Mustjala_vallavalitsus, lk 18
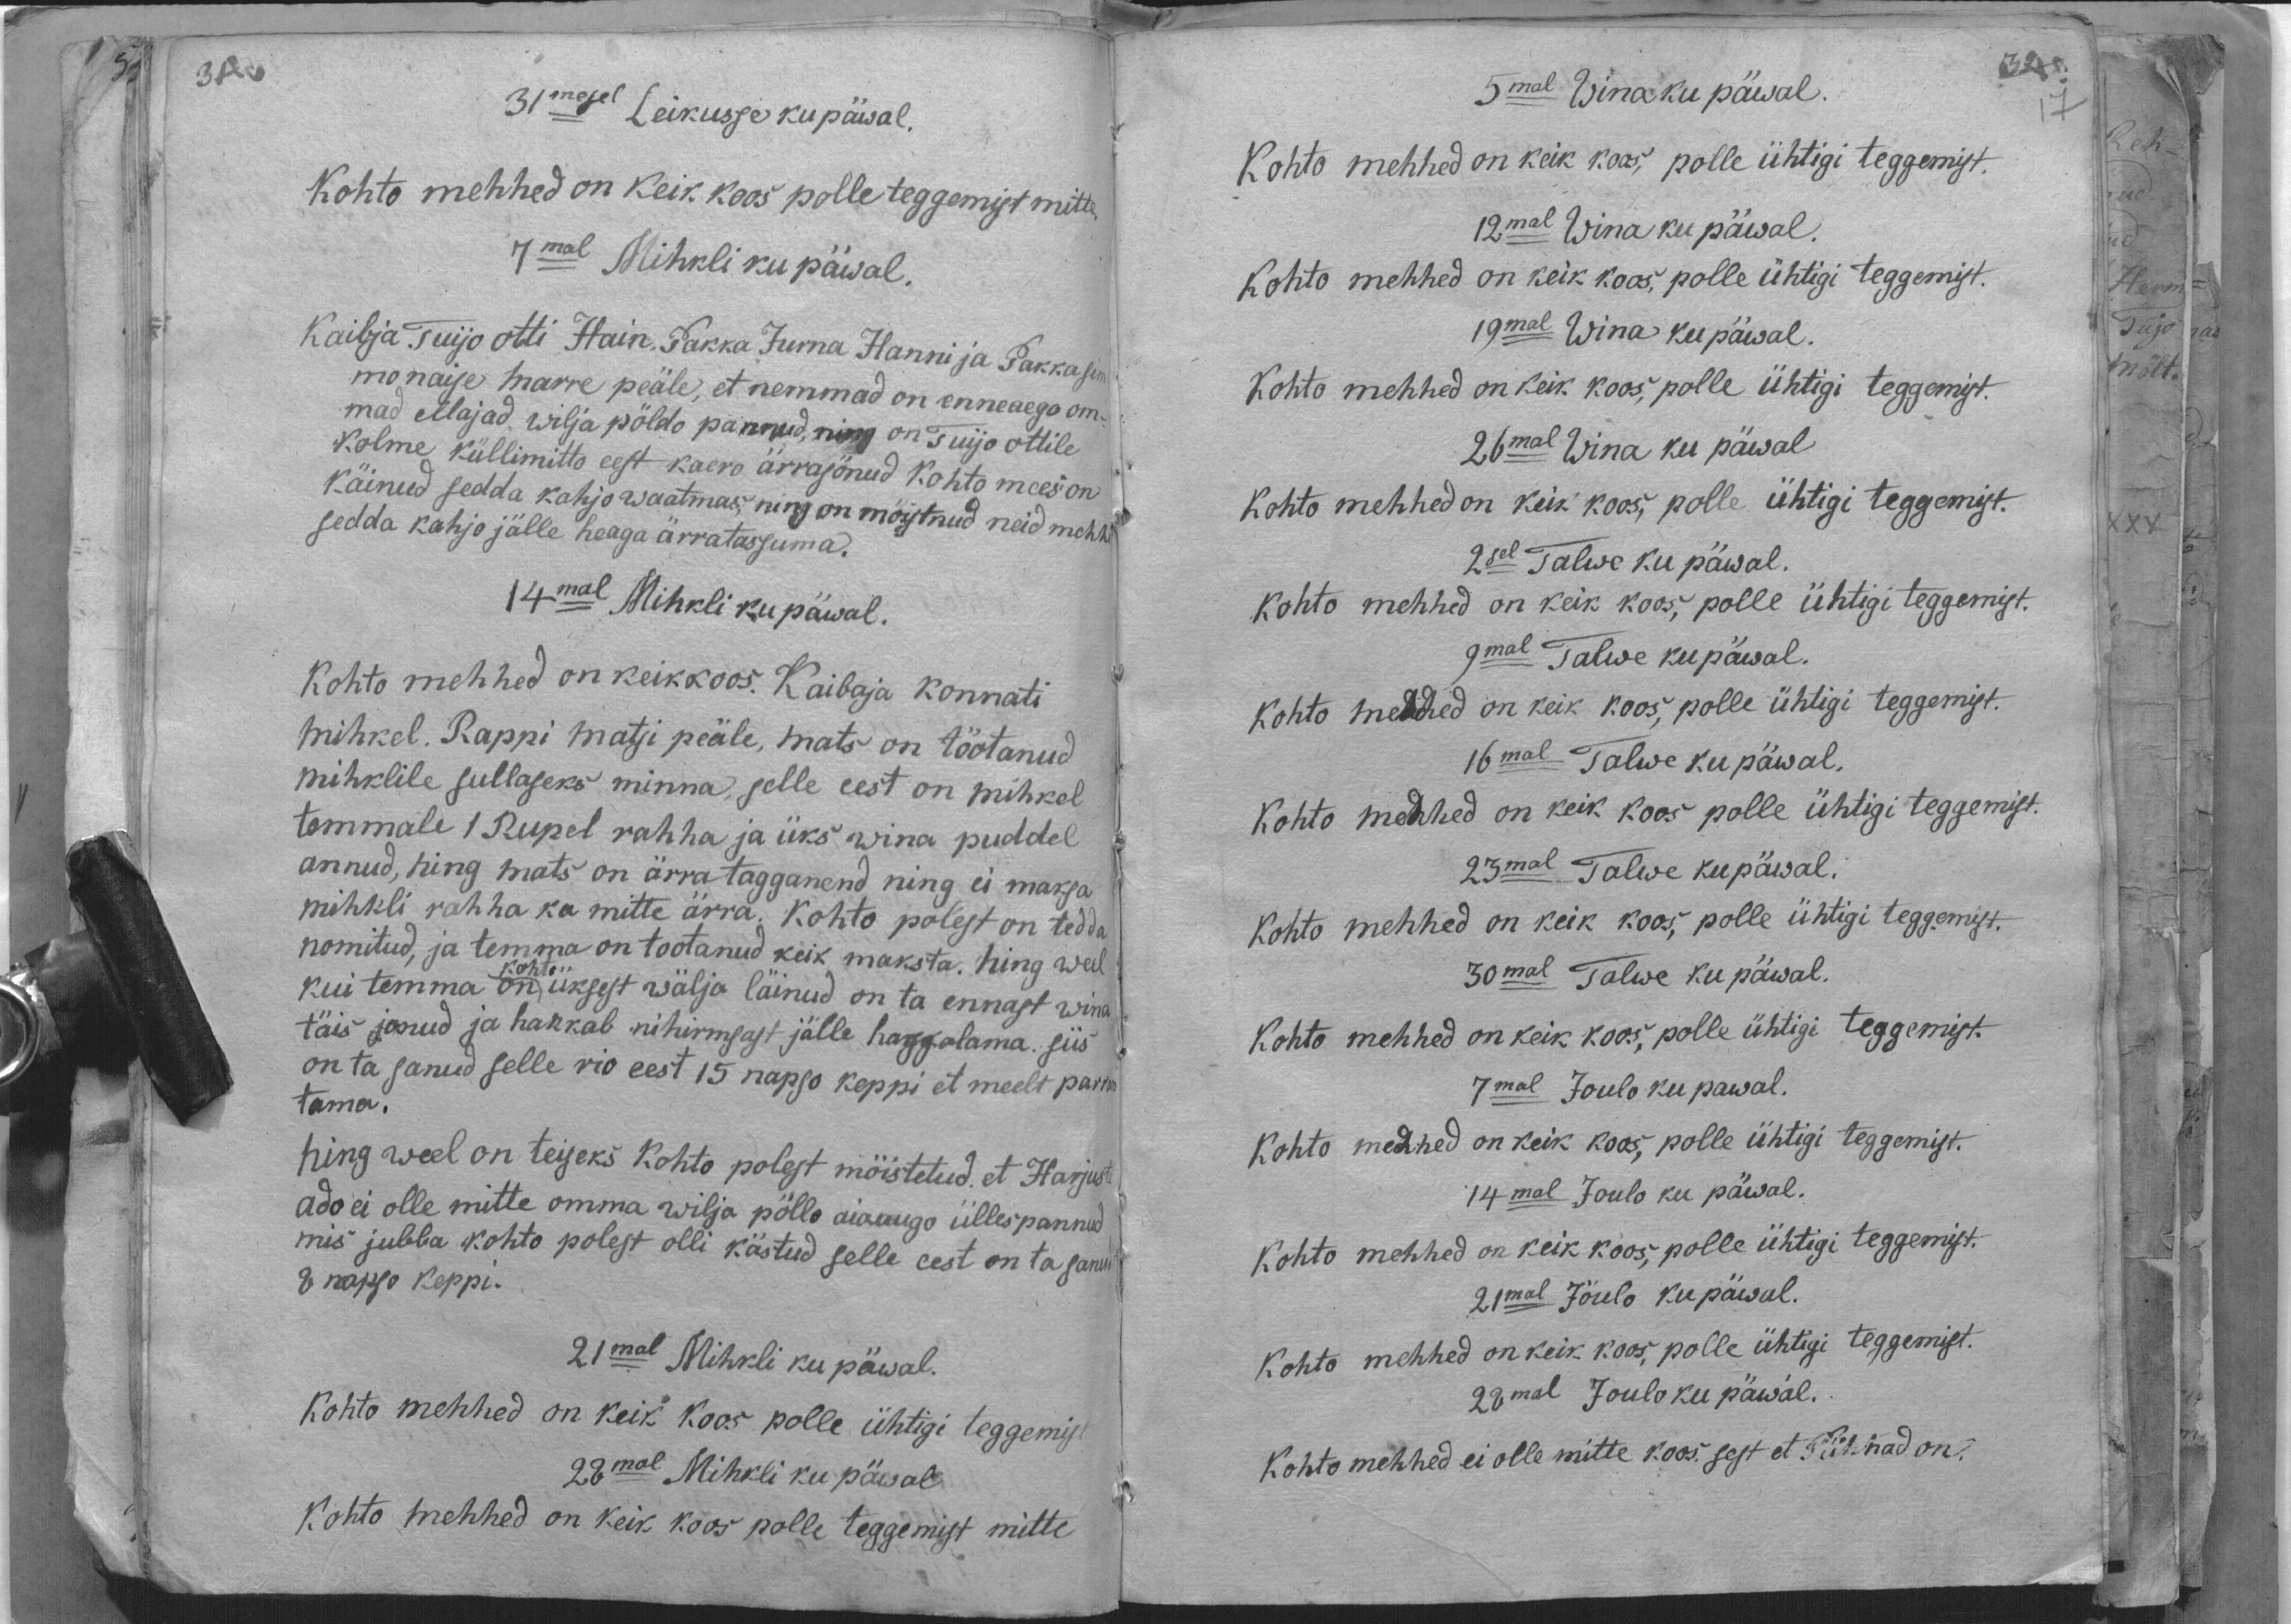
31mesel Leikusse ku päwal.
Kohto mehhed on keik koos polle teggemist mitte,
7mal Mihkli ku päwal.
Kaibja Tuijo otti Hain, Pakka Jurna Hanni ja Pakka sim
mo naise Marre peäle, et nemmad on enneaego om-
mad ellajad wilja põldo pannud, ning on Tuijo ottile,
Kolme küllimitto eest kaero ärrasönud Kohto mees on
käinud sedda kahjo waatmas, ning on mõistnud neid mehhi
sedda kahjo jälle heaga ärratassuma.
14mal Mihkli ku päwal.
Kohto mehhed on keik koos. Kaibaja konnati
Mihkel. Rappi matsi peäle, mats on töotanud
Mihklile sullaseks minna, selle eest on mihkel
temmale 1 Rupel rahha ja üks wina puddel
annud, hing mats on ärra tagganend ning ei maksa
mihkli rahha ka mitte ärra. Kohto polest on tedda
nomitud, ja temma on tootanud keik maksta. ning weel
kui temma on kohto üksest wälja läinud on ta ennast wina
täis jonud ja hakkab ni hirmsast jälle haggolama siis
on ta sanud selle vio eest 15 napso keppi et meelt parran
tama.
ning weel on teiseks kohto polest mõistetud, et Harjust
ado ei olle mitte omma wilja pöllo aiaaugo ülles pannud.
mis jubba kohto polest olli kästud selle eest on ta sanud
8 napso keppi.
21mal Mihkli ku päwal.
Kohto mehhed on keik koos polle ühtigi teggemist
28mal Mihkli ku päwal
Kohto mehhed on keik koos polle teggemist mitte

5mal Wina ku päwal.
Kohto mehhed on keik koos, polle ühtigi teggemist.
12mal Wina ku päwal.
Kohto mehhed on keik koos, polle ühtigi teggemist.
19mal Wina ku päwal.
Kohto mehhed on keik koos, polle ühtigi teggemist.
26mal Wina ku päwal
Kohto mehhed on keik koos, polle ühtigi teggemist.
2sel Talwe ku päwal.
kohto mehhed on keik koos; polle ühtigi teggemist.
9mal Talwe ku päwal.
Kohto mehhed on keik koos, polle ühtigi teggemist.
16mal Talwe ku päwal.
Kohto mehhed on keik koos polle ühtigi teggemist.
23mal Talwe ku päwal.
Kohto mehhed on keik koos, polle ühtigi teggemist.
30mal Talwe ku päwal.
Kohto mehhed on keik koos, polle ühtigi teggemist.
7mal Joulo ku päwal.
Kohto mehhed on keik koos, polle ühtigi teggemist.
14mal Joulo ku päwal.
Kohto mehhed on keik koos; polle ühtigi teggemist.
21mal Jõulo ku päeval.
Kohto mehhed on keik koos, polle ühtigi teggemist.
28mal Jõulo ku päwal.
Kohto mehhed ei olle mitte koos sest et Pühhad on.